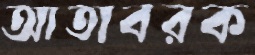
আতাবরক